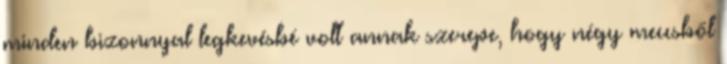
minden bizonnyal legkevésbé volt annak szerepe, hogy négy meccsből